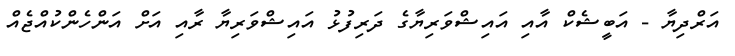
އަރްދިޔާ - އަބީޝެކް އާއި އައިޝްވަރިޔާގެ ދަރިފުޅު އައިޝްވަރިޔާ ރާއި އަށް އަންހެންކުއްޖެއް